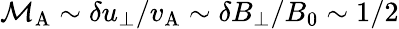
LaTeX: \mathcal{M}_{\mathrm{A}}\sim\delta u_{\perp}/v_{\mathrm{A}}\sim\delta B_{\perp}/B_{0}\sim 1/2